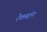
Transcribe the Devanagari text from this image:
रेकबॉन